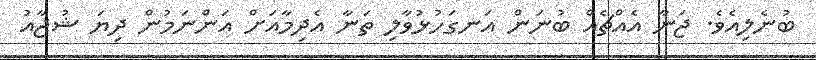
ބުނެލިއެވެ. ޖަނާ އެއްޗެއް ބުނަން އަނގަހުޅުވާލި ތަނާ އެދިމާއަށް އަންނަމުން ދިޔަ ޝުޖާއު